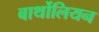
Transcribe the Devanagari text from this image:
बार्थोलियन